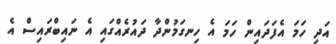
އަދި ހަމަ އެފަދައިން ހަމަ އެ ހިނގަމުންދާ ދައުރެއްގައި އެ ނައިބްރައިސް އެ